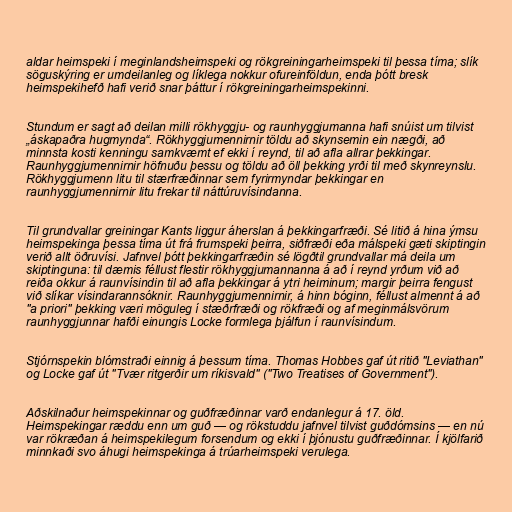
aldar heimspeki í meginlandsheimspeki og rökgreiningarheimspeki til þessa tíma; slík
söguskýring er umdeilanleg og líklega nokkur ofureinföldun, enda þótt bresk
heimspekihefð hafi verið snar þáttur í rökgreiningarheimspekinni.

Stundum er sagt að deilan milli rökhyggju- og raunhyggjumanna hafi snúist um tilvist
„áskapaðra hugmynda“. Rökhyggjumennirnir töldu að skynsemin ein nægði, að
minnsta kosti kenningu samkvæmt ef ekki í reynd, til að afla allrar þekkingar.
Raunhyggjumennirnir höfnuðu þessu og töldu að öll þekking yrði til með skynreynslu.
Rökhyggjumenn litu til stærfræðinnar sem fyrirmyndar þekkingar en
raunhyggjumennirnir litu frekar til náttúruvísindanna.

Til grundvallar greiningar Kants liggur áherslan á þekkingarfræði. Sé litið á hina ýmsu
heimspekinga þessa tíma út frá frumspeki þeirra, siðfræði eða málspeki gæti skiptingin
verið allt öðruvísi. Jafnvel þótt þekkingarfræðin sé lögðtil grundvallar má deila um
skiptinguna: til dæmis féllust flestir rökhyggjumannanna á að í reynd yrðum við að
reiða okkur á raunvísindin til að afla þekkingar á ytri heiminum; margir þeirra fengust
við slíkar vísindarannsóknir. Raunhyggjumennirnir, á hinn bóginn, féllust almennt á að
"a priori" þekking væri möguleg í stæðrfræði og rökfræði og af meginmálsvörum
raunhyggjunnar hafði einungis Locke formlega þjálfun í raunvísindum.

Stjórnspekin blómstraði einnig á þessum tíma. Thomas Hobbes gaf út ritið "Leviathan"
og Locke gaf út "Tvær ritgerðir um ríkisvald" ("Two Treatises of Government").

Aðskilnaður heimspekinnar og guðfræðinnar varð endanlegur á 17. öld.
Heimspekingar ræddu enn um guð — og rökstuddu jafnvel tilvist guðdómsins — en nú
var rökræðan á heimspekilegum forsendum og ekki í þjónustu guðfræðinnar. Í kjölfarið
minnkaði svo áhugi heimspekinga á trúarheimspeki verulega.